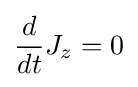
{\frac {d}{dt}}J_{z}=0